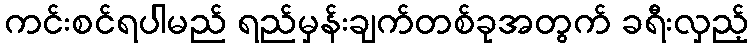
ကင်းစင်ရပါမည် ရည်မှန်းချက်တစ်ခုအတွက် ခရီးလှည့်